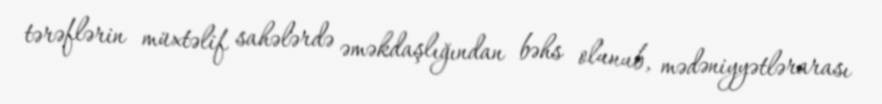
tərəflərin müxtəlif sahələrdə əməkdaşlığından bəhs olunub, mədəniyyətlərarası